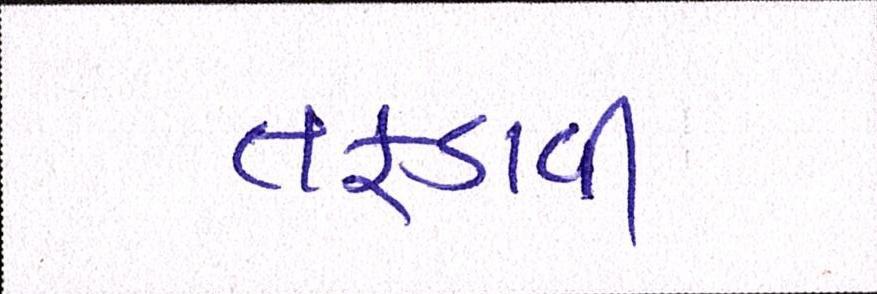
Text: તફડાવી